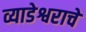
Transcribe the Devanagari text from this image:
व्याडेश्वराचे